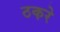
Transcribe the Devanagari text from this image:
ठकरे